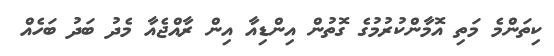
ކިތަންމެ މަތި އޮމާންކުރުމުގެ ގޮތުން އިންޑިއާ އިން ރާއްޖެއާ މެދު ބަދު ބަހެއް